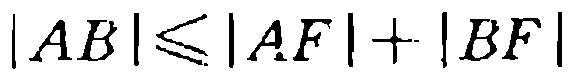
\(|AB|\leqslant|AF|+|BF|\)